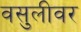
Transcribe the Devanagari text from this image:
वसुलीवर